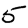
Digit: 5